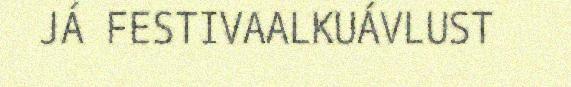
JÁ FESTIVAALKUÁVLUST